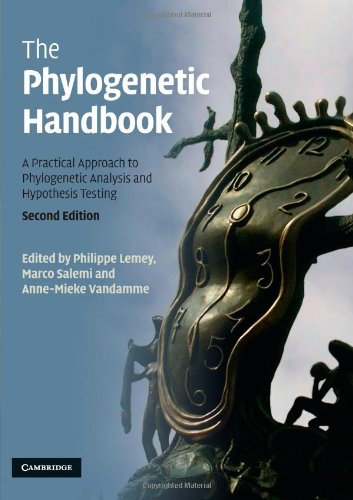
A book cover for The Phylogenetic Handbook: A Practical Approach to Phylogenetic Analysis and Hypothesis Testing; Science & Math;